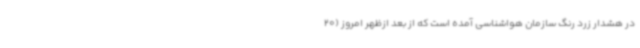
در هشدار زرد رنگ سازمان هواشناسی آمده است که از بعد ازظهر امروز (20